Report on the lunatic asylums under the Government of Bombay - 1904-1913
Year: 1904
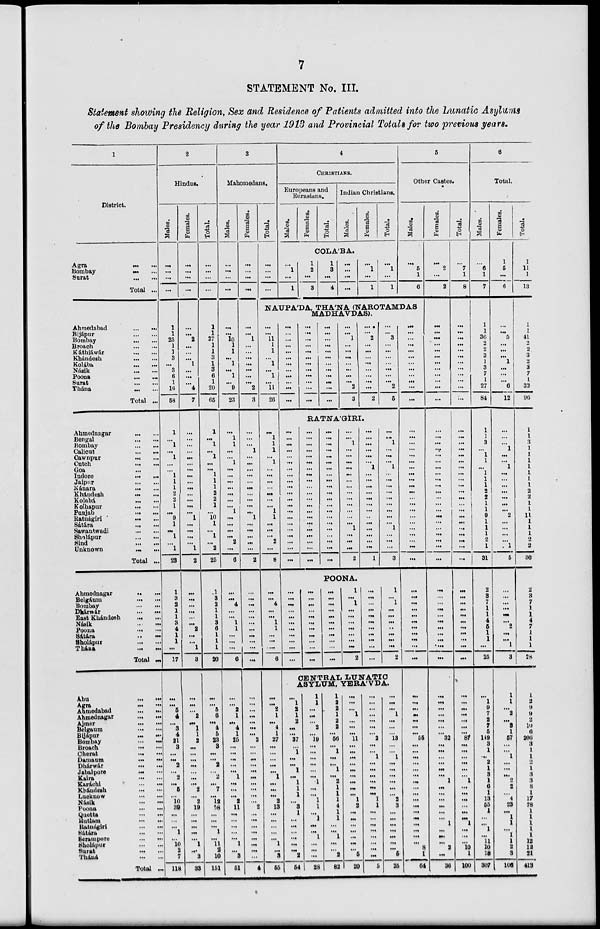
7
STATEMENT No. III.
Statement showing the Religion, Sex and Residence of Patients admitted into the Lunatic Asylums
of the Bombay Presidency during the year 1913 and Provincial Totals for two previous years.
1
District.
Agra
...
...
Bombay
...
...
Surat
...
...
Total ...
Ahmedabad ... ...
Bijápur
...
...
Bombay
...
...
Broach
...
...
Káthiáwár
...
...
Khándesh
...
...
Kolába
...
...
Násik
...
...
Poona
...
...
Surat
...
...
Thána ... ...
Total ...
Ahmednagar
...
...
Bengal
...
...
Bombay
...
...
Calicut
...
...
Cawnpur ... ...
Cutch
...
...
Goa ...
Indore ... ...
Jaipur
...
...
Kánara
...
...
Khándesh ... ...
Kolabá
...
...
Kolhapur ... ...
Punjab ... ...
Ratnágiri ... ...
Sátára
...
...
Sawantwadi
...
...
Sholápur
...
...
Sind
...
...
Unknown
...
...
Total ...
Ahmednagar
...
...
Belgáum
...
...
Bombay
...
...
Dhárwár
...
...
East Khándesh
...
...
Násik ... ...
Poona
...
...
Satára
...
...
Sholápur
...
...
Thána
...
...
Total ...
Abu
...
...
Agra
...
...
Ahmedabad
...
...
Ahmednagar
...
...
Ajmer ... ...
Belgaum
...
...
Bijápur
...
...
Bombay
...
...
Broach
...
...
Cherat
...
...
Damaum
...
...
Dhárwár
...
...
Jabalpore ... ...
Kaira
...
...
Karáchi
...
...
Khándesh
...
...
Lucknow
...
...
Násik
...
..
Poona
...
...
Quetta
...
...
Rutlam
...
...
Ratnágiri
...
...
Sátára
...
...
Serampore
...
...
Sholápur
...
...
Surat
...
...
Tháná
...
...
Total ...
2
Hindus.
Males.
...
...
...
...
1
1
25
1
1
3
...
3
6
1
16
58
1
...
1
...
1
...
...
1
1
1
2
2
1
...
9
1
...
1
...
1
23
1
3
2
1
1
3
4
1
1
...
17
...
...
5
4
...
3
4
21
3
...
...
2
...
2
...
5
...
10
39
...
...
...
1
...
10
2
7
118
Females.
...
...
...
...
...
...
2
...
...
...
1
...
...
...
4
7
...
...
...
...
...
...
...
...
...
...
...
...
...
...
1
...
...
...
...
1
2
...
...
...
...
...
...
2
...
...
1
3
...
...
...
2
...
1
1
2
...
...
...
...
...
...
...
2
...
2
19
...
...
...
...
...
1
...
3
33
Total.
...
...
...
...
1
1
27
1
1
3
1
3
6
1
20
65
1
...
1
...
1
...
...
1
1
1
2
2
1
...
10
1
...
1
...
2
25
1
3
2
1
1
3
6
1
1
1
20
...
...
5
6
...
4
5
23
3
...
...
2
...
2
...
7
...
12
58
...
...
...
1
...
11
2
10
151
3
Mahomedans.
Males.
...
...
...
...
...
...
10
1
1
...
1
...
1
...
9
23
...
1
1
...
...
1
...
...
...
...
...
...
...
1
...
...
...
...
2
...
6
...
...
4
...
...
1
1
...
...
...
6
...
...
2
1
...
4
1
25
...
...
...
...
...
1
...
...
...
2
11
...
...
...
...
...
1
...
3
51
Females.
...
...
...
...
...
...
1
...
...
...
...
...
...
...
2
3
...
...
...
1
...
...
...
...
...
...
...
...
...
...
1
...
...
...
...
...
2
...
...
...
...
...
...
...
...
...
...
...
...
...
...
...
...
...
...
2
...
...
...
...
...
...
...
...
...
...
2
...
...
...
...
...
...
...
...
4
Total.
...
...
...
...
4
CHRISTIANS.
Europeans and
Eurasians.
Males.
Females.
Total.
Indian Christians.
Males.
Females.
Total.
COLA'BA.
...
1
...
1
1
2
...
3
1
3
...
4
...
...
...
...
...
1
...
1
...
1
...
1
5
Other Castes.
Males.
...
5
1
6
NAUPA'DA, THA'NA (NAROTAMDAS
MADHAVDAS).
...
...
11
1
1
...
1
...
1
...
11
26
...
1
1
1
...
1
...
...
...
...
...
...
...
1
1
...
...
...
2
...
8
...
...
4
...
...
1
1
...
...
...
6
...
...
2
1
...
4
1
27
...
...
...
...
...
1
...
...
...
2
13
...
...
...
...
...
1
...
3
55
...
...
...
...
...
...
...
...
...
...
...
...
...
...
...
...
...
...
...
...
...
...
...
...
...
...
...
...
...
...
...
...
...
...
...
...
...
...
1
...
...
...
...
...
...
...
2
3
...
...
2
...
...
...
...
...
...
...
...
2
...
...
3
...
...
...
...
...
...
...
2
5
RATNTA'GIRI.
...
...
...
...
...
...
...
...
...
...
...
...
...
...
...
...
...
...
...
...
...
...
...
...
...
...
...
...
...
...
...
...
...
...
...
...
...
...
...
...
...
...
...
...
...
...
...
...
...
...
...
...
...
...
...
...
...
...
...
...
...
...
...
...
...
1
...
...
...
...
...
...
...
...
...
...
...
...
...
1
...
...
...
2
...
...
...
...
...
...
1
...
...
...
...
...
...
...
...
...
...
...
...
...
1
...
...
1
...
...
...
1
...
...
...
...
...
...
...
...
...
1
...
...
...
3
POONA.
...
...
...
...
...
...
...
...
...
...
...
...
...
...
...
...
...
...
...
...
...
...
...
...
...
...
...
...
...
...
...
...
...
1
...
1
...
...
...
...
...
...
...
2
...
...
...
...
...
...
...
...
...
...
...
1
...
1
...
...
...
..
...
...
...
2
CENTRAL LUNATIC
ASYLUM, YERA'VDA.
...
1
2
1
2
...
...
37
...
1
...
...
1
...
1
1
1
...
3
1
...
...
...
...
...
...
2
54
1
1
...
...
...
2
...
19
...
...
...
...
...
...
1
...
...
1
1
...
1
...
...
1
...
...
...
28
1
2
2
1
2
2
...
56
...
1
...
...
1
...
2
1
1
1
4
1
1
...
...
1
...
...
2
82
...
...
...
1
...
...
...
11
...
...
...
...
...
...
...
...
...
1
2
...
...
...
...
...
...
...
5
20
...
...
...
...
...
...
...
2
...
...
1
...
...
...
...
...
...
1
1
...
...
...
...
...
...
...
...
5
...
...
...
1
...
...
...
13
...
...
1
...
...
...
...
...
...
2
3
...
...
...
...
...
...
...
6
25
...
...
...
...
...
...
...
...
...
...
...
...
...
...
...
...
...
...
...
...
...
...
...
...
...
...
...
...
...
...
...
...
...
...
...
...
...
...
...
...
...
...
...
...
...
...
...
...
...
...
...
55
...
...
...
...
...
...
...
...
...
...
...
...
...
...
...
...
...
8
1
64
Females.
...
2
...
2
...
...
...
...
...
...
...
...
...
...
...
...
...
...
...
...
...
...
...
...
...
...
...
...
...
...
...
...
...
...
...
...
...
...
...
...
...
...
...
...
...
...
...
...
...
...
...
...
...
...
...
32
...
...
...
...
...
...
1
...
...
...
...
...
...
1
...
...
...
2
...
36
Total.
...
7
1
8
...
...
...
...
...
...
...
...
...
...
...
...
...
...
...
...
...
...
...
...
...
...
...
...
...
...
...
...
...
...
...
...
...
...
...
...
...
...
...
...
...
...
...
...
...
...
...
...
...
...
...
87
...
...
...
...
...
...
1
...
...
...
...
...
...
1
...
...
...
10
1
100
6
Total.
Males.
...
6
1
7
1
1
36
2
2
3
1
3
7
1
27
84
1
1
3
...
1
1
...
1
1
1
2
2
1
1
9
1
1
1
2
1
31
2
3
7
1
1
4
5
1
1
...
25
...
1
9
7
2
7
5
149
3
1
...
2
1
3
1
6
1
13
55
1
...
...
1
...
11
10
18
307
Females.
1
5
...
6
...
...
5
...
...
...
1
...
...
...
6
12
...
...
...
1
...
...
1
...
...
...
...
...
...
...
2
...
...
...
...
1
5
...
...
...
...
...
...
2
...
...
1
3
1
1
...
2
...
3
1
57
...
...
1
...
...
...
2
2
...
4
23
...
1
1
...
1
1
2
3
106
Total.
1
11
1
13
1
1
41
2
2
3
2
3
7
1
32
96
1
1
3
1
1
1
1
1
1
1
2
2
1
1
11
1
1
1
2
2
36
2
3
7
1
1
4
7
1
1
1
28
1
2
9
9
2
10
6
206
3
1
1
2
1
3
3
8
1
17
78
1
1
1
1
1
12
12
21
413